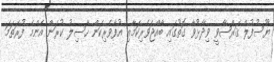
ޔޫސުފުލް ޤަރްޟާވީ ވިދާޅުވާ ގޮތުގައި ބާއްޖަވެރިކަމާއި އުފާވެރިކަން ހާސިލު ކުރަން އެންމެ ފުރަތަމަ